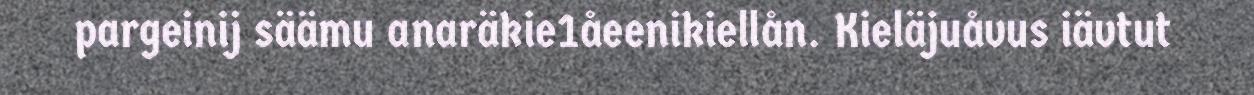
pargeinij säämu anaräkie1åeenikiellån. Kieläjuåvus iävtut